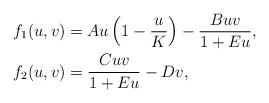
LaTeX: \begin{align*}f_{1}(u,v) & =Au\left( 1-\frac{u}{K}\right) -\frac{Buv}{1+Eu},\\f_{2}(u,v) & =\frac{Cuv}{1+Eu}-Dv, \end{align*}